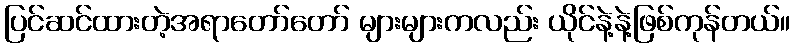
ပြင်ဆင်ထားတဲ့အရာတော်တော် များများကလည်း ယိုင်နဲ့နဲ့ဖြစ်ကုန်တယ်။